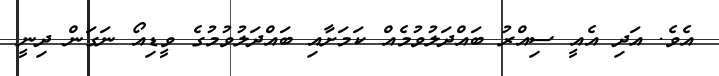
އެވެ. އަދި އެއީ ސިއްރު ބައްދަލުވުމެއް ކަމަށާއި ބައްދަލުވުމުގެ ވީޑިއޯ ނަގަން ދިނީ